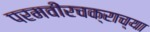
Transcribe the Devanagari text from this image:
परमवीरचक्राच्या